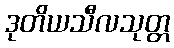
ဒုတိယသီလသုတ္တ